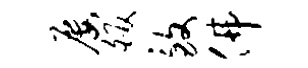
屡皈致佛